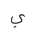
Letter: _ya